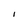
Character: I